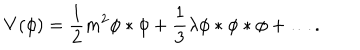
V ( \phi ) = \frac { 1 } { 2 } m ^ { 2 } \phi * \phi + \frac { 1 } { 3 } \lambda \phi * \phi * \phi + \ldots .